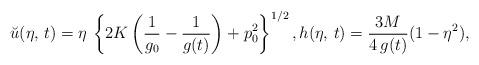
\begin{align*}\breve u(\eta,\,t)=\eta\,\left\{2K\left(\dfrac{1}{g_0}-\dfrac{1}{g(t)}\right)+p_0^2\right\}^{1/2},h(\eta,\,t)=\dfrac{3M}{4\,g(t)}(1-\eta^2),\end{align*}